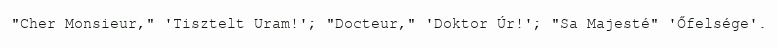
"Cher Monsieur," 'Tisztelt Uram!'; "Docteur," 'Doktor Úr!'; "Sa Majesté" 'Őfelsége'.